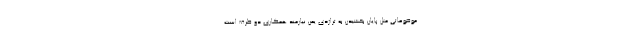
موضوعاتی مثل پایان بخشیدن به تراژدی یمن نیازمند همکاری دو طرف است.